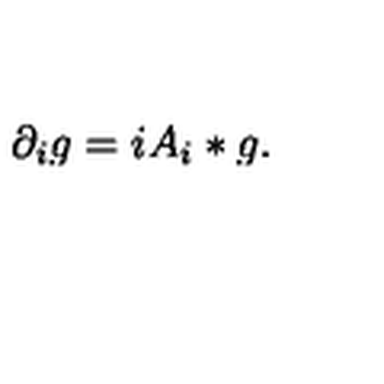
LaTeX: \partial _ { i } g = i A _ { i } * g .